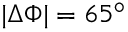
| \Delta \Phi | = 6 5 ^ { \circ }